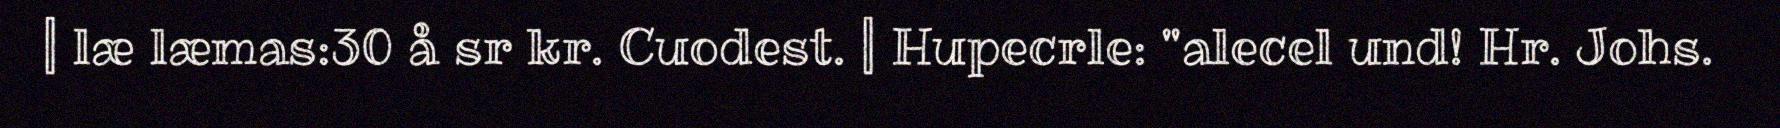
| læ læmas:30 å sr kr. Cuodest. | Hupecrle: "alecel und! Hr. Johs.